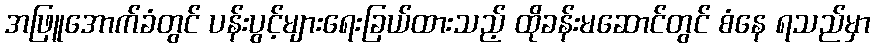
အဖြူအောက်ခံတွင် ပန်းပွင့်များရေးခြယ်ထားသည့် ထိုခန်းမဆောင်တွင် စံနေ ရသည်မှာ